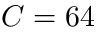
C = 6 4